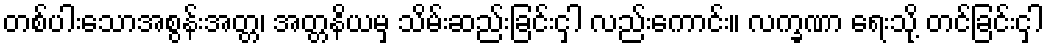
တစ်ပါးသောအစွန်းအတ္တ၊ အတ္တနိယမှ သိမ်းဆည်းခြင်းငှါ လည်းကောင်း။ လက္ခဏာ ရေးသို့ တင်ခြင်းငှါ